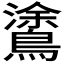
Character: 𪄫